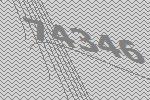
74346